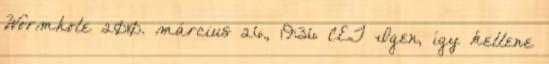
Wormhole 2010. március 26., 19:36 CET Igen, így kellene